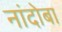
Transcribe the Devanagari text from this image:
नांदोबा